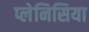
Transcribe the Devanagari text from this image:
प्लेनिसिया